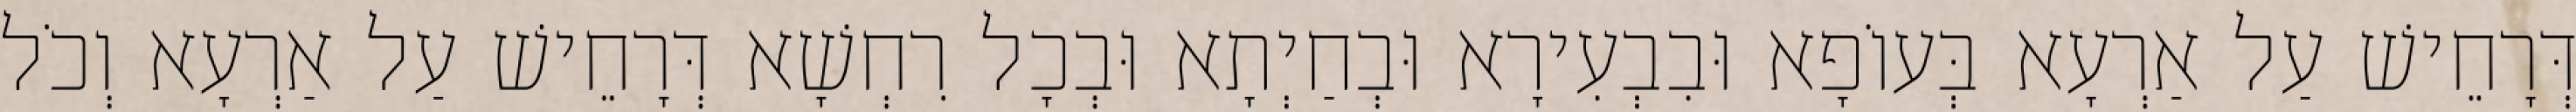
דְּרָחֵישׁ עַל אַרְעָא בְּעוֹפָא וּבִבְעִירָא וּבְחַיְתָא וּבְכָל רִחְשָׁא דְּרָחֵישׁ עַל אַרְעָא וְכֹל